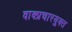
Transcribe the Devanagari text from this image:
वाक्प्रचारयुक्त